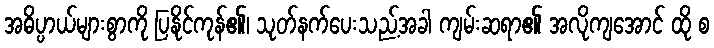
အဓိပ္ပာယ်များစွာကို ပြနိုင်ကုန်၏၊ သုတ်နက်ပေးသည့်အခါ ကျမ်းဆရာ၏ အလိုကျအောင် ထို စ